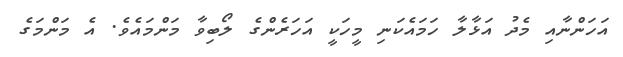
އަހަންނާއި މެދު އަޅާލާ ހަމައެކަނި މީހަކީ އަހަރެންގެ ލޯބިވާ މަންމައެވެ. އެ މަންމަގެ